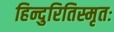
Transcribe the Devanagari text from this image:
हिन्दुरितिस्मृतः